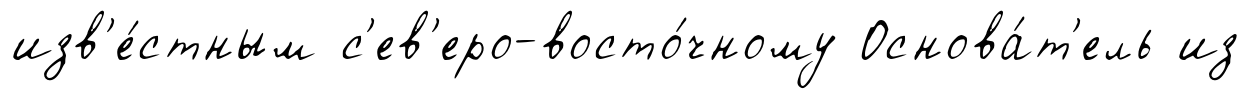
изв'е́стным с'ев'еро-восто́чному Основа́т'ель из